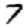
Digit: 7